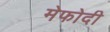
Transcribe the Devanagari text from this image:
मेफोदी